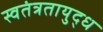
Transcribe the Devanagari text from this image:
स्वतंत्रतायुद्ध